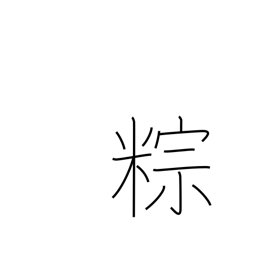
Meaning: rice dumplings steamed in bamboo leaves